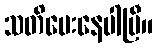
သတိပေးနေပါပြီ။